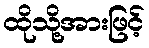
ထိုသို့အားဖြင့်